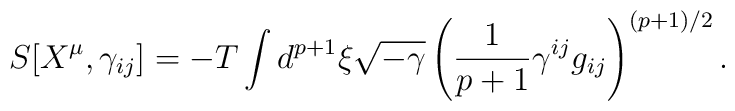
S[X^\mu,\gamma_{ij}]=-T\int d^{p+1}\xi \sqrt{-\gamma}  \left( \frac{1}{p+1}\gamma^{ij} g_{ij} \right ) ^{(p+1)/2}.